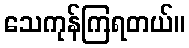
သေကုန်ကြရတယ်။